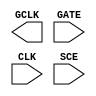
module sky130_fd_sc_hs__sdlclkp (
    GCLK,
    GATE,
    CLK ,
    SCE
);

    output GCLK;
    input  GATE;
    input  CLK ;
    input  SCE ;

    // Voltage supply signals
    supply1 VPWR;
    supply0 VGND;

endmodule